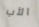
الأب